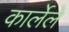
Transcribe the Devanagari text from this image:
कार्लेले